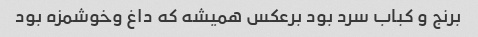
برنج و کباب سرد بود برعکس همیشه که داغ وخوشمزه بود